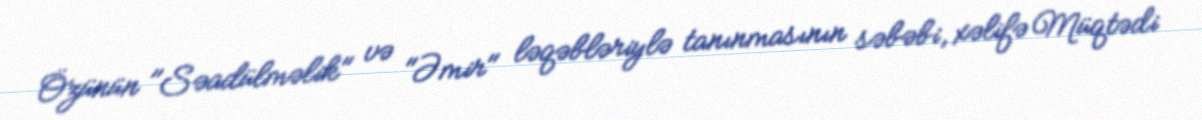
Özünün "Səadülməlik" və "Əmir" ləqəbləriylə tanınmasının səbəbi, xəlifə Müqtədi